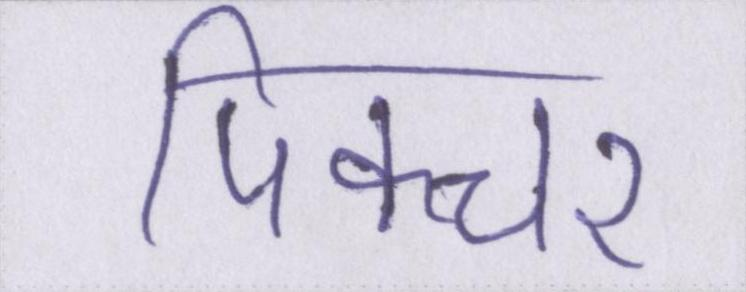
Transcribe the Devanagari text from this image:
पिक्चर